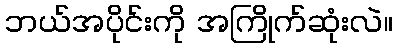
ဘယ်အပိုင်းကို အကြိုက်ဆုံးလဲ။